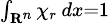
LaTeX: \scriptstyle\int_{\mathbf{R}^{n}}\chi_{r}\, dx=1